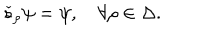
LaTeX: \check { s } _ { \rho } \psi = \psi , \quad \forall \rho \in \Delta .